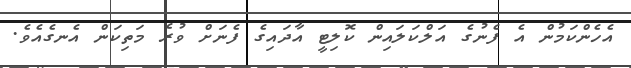
އެހެންކަމުން އެ ފެނުގެ އަލްކަލައިން ކޮލިޓީ އާދައިގެ ފެނަށް ވުރެ މަތިކަން އެނގެއެވެ.